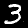
Label: 3